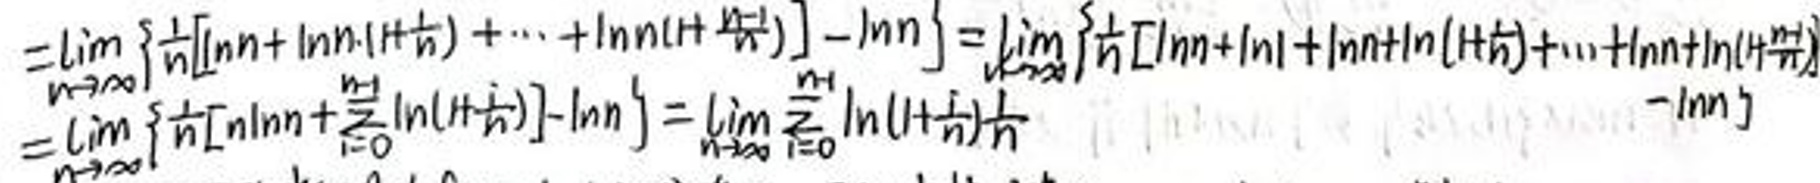
\[
\begin{align*}
&=\lim_{n \to \infty} \left\{ \frac{1}{n}[\ln n + \ln n\ln(1+\frac{1}{n}) + \cdots + \ln n\ln(1+\frac{n}{n})]-\ln n\right\}\\
&=\lim_{n \to \infty} \left\{ \frac{1}{n}[\ln n + \ln n(\ln(1+\frac{1}{n}) + \cdots + \ln(1+\frac{n}{n}))]-\ln n\right\}\\
&=\lim_{n \to \infty} \left\{ \frac{1}{n}[\ln n + \frac{n}{2}\ln(1+\frac{1}{n})]-\ln n\right\}\\
&=\lim_{n \to \infty} \frac{n}{2}\ln(1+\frac{1}{n})^n -\ln n\\
\end{align*}
\]